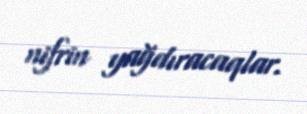
nifrin yağdıracaqlar.